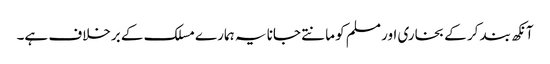
آنکھ بند کر کے بخاری اور مسلم کو مانتے جانا یہ ہمارے مسلک کے برخلاف ہے۔